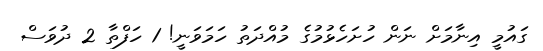
ގައުމީ އިނާމަށް ނަން ހުށަހެޅުމުގެ މުއްދަތު ހަމަވަނީ! 1 ހަފްތާ 2 ދުވަސް